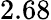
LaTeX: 2.68